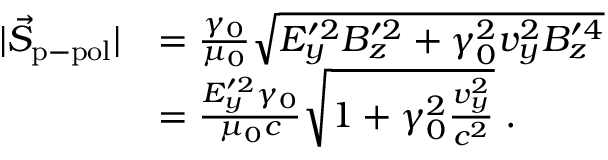
\begin{array} { r l } { | \vec { S } _ { \mathrm { p - p o l } } | } & { = \frac { \gamma _ { 0 } } { \mu _ { 0 } } \sqrt { E _ { y } ^ { \prime 2 } B _ { z } ^ { \prime 2 } + \gamma _ { 0 } ^ { 2 } v _ { y } ^ { 2 } B _ { z } ^ { \prime 4 } } } \\ & { = \frac { E _ { y } ^ { \prime 2 } \gamma _ { 0 } } { \mu _ { 0 } c } \sqrt { 1 + \gamma _ { 0 } ^ { 2 } \frac { v _ { y } ^ { 2 } } { c ^ { 2 } } } \; . } \end{array}